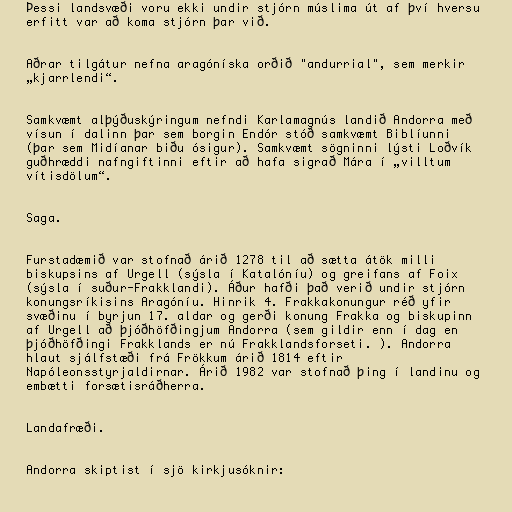
Þessi landsvæði voru ekki undir stjórn múslima út af því hversu
erfitt var að koma stjórn þar við.

Aðrar tilgátur nefna aragóníska orðið "andurrial", sem merkir
„kjarrlendi“.

Samkvæmt alþýðuskýringum nefndi Karlamagnús landið Andorra með
vísun í dalinn þar sem borgin Endór stóð samkvæmt Biblíunni
(þar sem Midíanar biðu ósigur). Samkvæmt sögninni lýsti Loðvík
guðhræddi nafngiftinni eftir að hafa sigrað Mára í „villtum
vítisdölum“.

Saga.

Furstadæmið var stofnað árið 1278 til að sætta átök milli
biskupsins af Urgell (sýsla í Katalóníu) og greifans af Foix
(sýsla í suður-Frakklandi). Áður hafði það verið undir stjórn
konungsríkisins Aragóníu. Hinrik 4. Frakkakonungur réð yfir
svæðinu í byrjun 17. aldar og gerði konung Frakka og biskupinn
af Urgell að þjóðhöfðingjum Andorra (sem gildir enn í dag en
þjóðhöfðingi Frakklands er nú Frakklandsforseti. ). Andorra
hlaut sjálfstæði frá Frökkum árið 1814 eftir
Napóleonsstyrjaldirnar. Árið 1982 var stofnað þing í landinu og
embætti forsætisráðherra.

Landafræði.

Andorra skiptist í sjö kirkjusóknir: